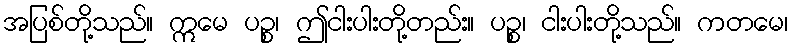
အပြစ်တို့သည်။ ဣမေ ပဉ္စ၊ ဤငါးပါးတို့တည်း။ ပဉ္စ၊ ငါးပါးတို့သည်။ ကတမေ၊